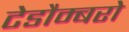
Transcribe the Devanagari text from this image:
टेडौम्बरो